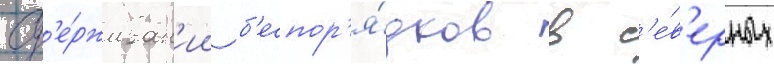
сд'е́рживан'ии б'еспор'я́дков в с'е́в'ерных